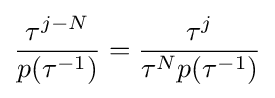
{\frac {\tau ^{j-N}}{p(\tau ^{-1})}}={\frac {\tau ^{j}}{\tau ^{N}p(\tau ^{-1})}}